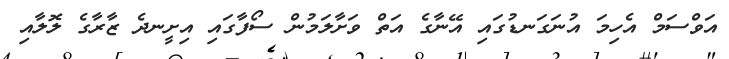
އަވްސަމް އެހިމަ އުނަގަނޑުގައި އޭނާގެ އަތް ވަށާލަމުން ސޯފާގައި އިށީނދެ ޒާރާގެ ލޮލާއި